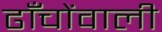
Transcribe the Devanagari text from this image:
ढाँचोंवाली